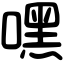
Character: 嘿